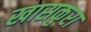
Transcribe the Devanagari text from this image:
खासकुरा